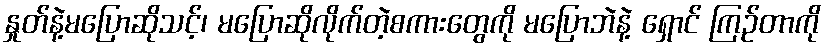
နှုတ်နဲ့မပြောဆိုသင့်၊ မပြောဆိုလိုက်တဲ့စကားတွေကို မပြောဘဲနဲ့ ရှောင် ကြဉ်တာကို